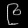
Digit: ၉